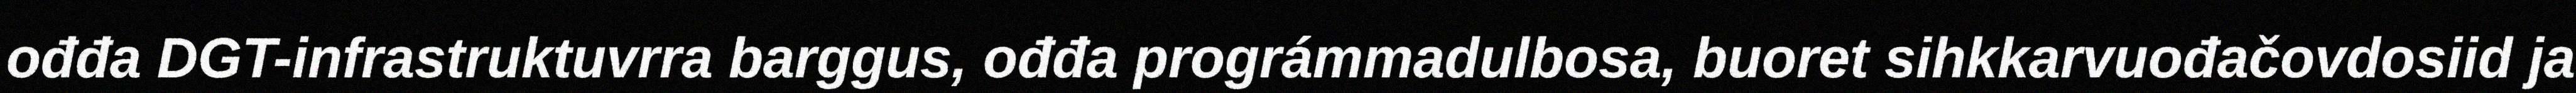
ođđa DGT-infrastruktuvrra barggus, ođđa prográmmadulbosa, buoret sihkkarvuođačovdosiid ja